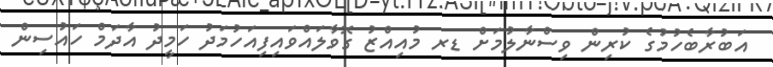
އަބުރާބެހުމުގެ ކުރިން ވިސްނާލުމަށް ޑރ މުއިއްޒު ގޮވާލައްވައިފިއަހުމަދު ހަމީދު އާދަމް ހައުސިން